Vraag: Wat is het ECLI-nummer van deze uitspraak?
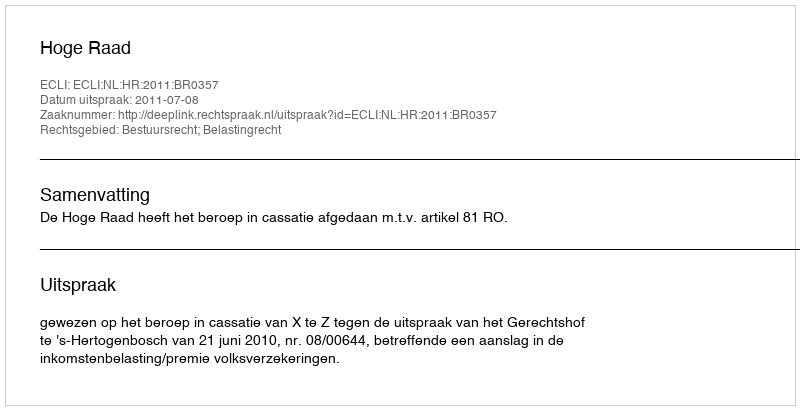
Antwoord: ECLI:NL:HR:2011:BR0357